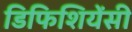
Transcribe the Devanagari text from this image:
डिफिशियेंसी